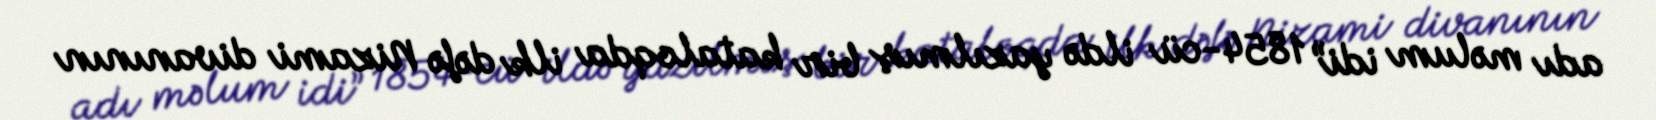
adı məlum idi” 1854-cü ildə yazılmış bir kataloqda ilk dəfə Nizami divanının